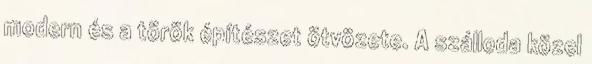
modern és a török építészet ötvözete. A szálloda közel